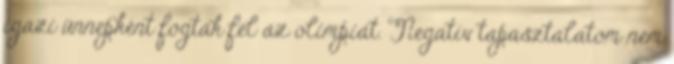
igazi ünnepként fogták fel az olimpiát. Negatív tapasztalatom nem